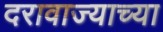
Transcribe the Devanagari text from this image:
दरावाज्याच्या